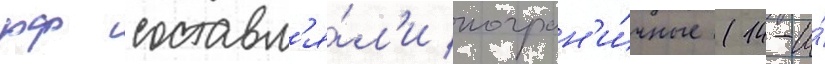
рф составл'я́л'и погран'и́чные (14-и́